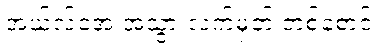
အယ်လ်အေ အသွားလက်မှတ် တစ်စောင်။